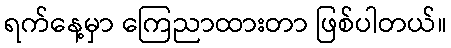
ရက်နေ့မှာ ကြေညာထားတာ ဖြစ်ပါတယ်။